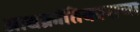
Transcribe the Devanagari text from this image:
आद्यक्रांतिकाराचा